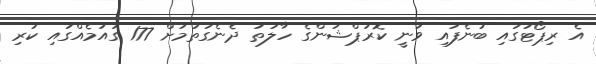
އެ ރިޕޯޓުގައި ބުނެފައި ވަނީ ކޮރަޕްޝަންގެ ހާލަތު ދެނެގަތުމަށް 177 ގައުމެއްގައި ކުރި